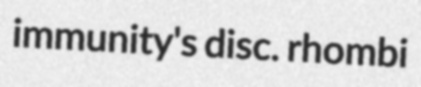
immunity's disc. rhombi